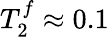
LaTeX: T_{2}^{f}\approx 0.1